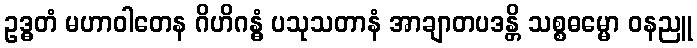
ဥဒ္ဓတံ မဟာဝါတေန ဂိဟိဂန္ဓံ ပသုသတာနံ အာချာတပဒန္တိ သစ္စဓမ္မော ဝနညူ